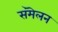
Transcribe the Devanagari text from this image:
संमॆलन